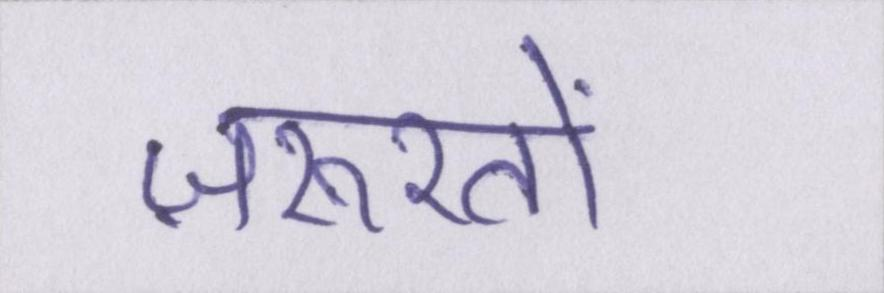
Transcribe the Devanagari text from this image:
ज़रूरतों